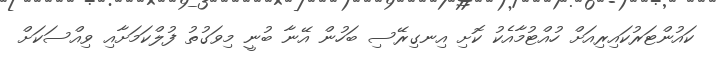
ކައުންޓަރުކައިރިއަށް ހުއްޓުމާއެކު ކޮށި އިނގިރޭސި ބަހުން އޭނާ ބުނީ މިވަގުތު ފުލްކަމަށާއި ވިއްސަކަށް